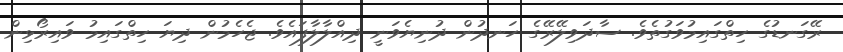
ރޭގަނޑުގެ ހިތްގައިމުވަގުތެވެ. ސާދަވިލޭރޭގެ ހަނދުން ދުނިޔެވަނީ ދިއްލާލާފައެވެ. ޖެހެމުން ދިޔަ ހިތްގައިމު ވައިރޯޅިން